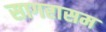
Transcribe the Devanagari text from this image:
सागरासम